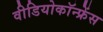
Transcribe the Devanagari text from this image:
वीडियोकॉन्फ्रेंस